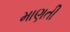
માણતી